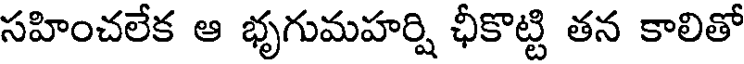
సహించలేక ఆ భృగుమహర్షి ఛీకొట్టి తన కాలితో